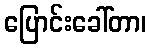
ပြောင်းခေါ်တာ၊